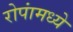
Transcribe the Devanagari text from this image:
रोपांमध्ये